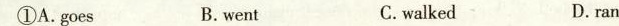
①A.Goes B. went C.walked D.ran